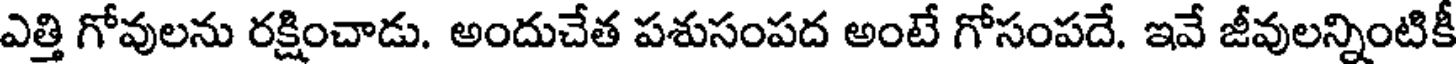
ఎత్తి గోవులను రక్షించాడు. అందుచేత పశుసంపద అంటే గోసంపదే. ఇవే జీవులన్నింటికీ